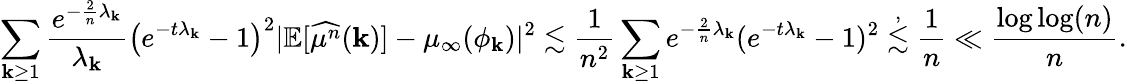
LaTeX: \sum_{\mathbf{k}\geq1}\frac{{e^{-\frac{{2}}{{n}}\lambda_{\mathbf{k}}}}}{{\lambda_{\mathbf{k}}}}\big(e^{-t\lambda_{\mathbf{k}}}-1\big)^{2}\vert\mathbb{{E}}[\widehat{{\mu^{n}}}(\mathbf{k})]-\mu_{\infty}(\phi_{\mathbf{k}})\vert^{2}\lesssim\frac{{1}}{{n^{2}}}\sum_{\mathbf{k}\geq1}e^{-\frac{{2}}{{n}}\lambda_{\mathbf{k}}}(e^{-t\lambda_{\mathbf{k}}}-1)^{2}\stackrel{,}{\lesssim}\frac{{1}}{{n}}\ll\frac{{\log\log(n)}}{{n}}.